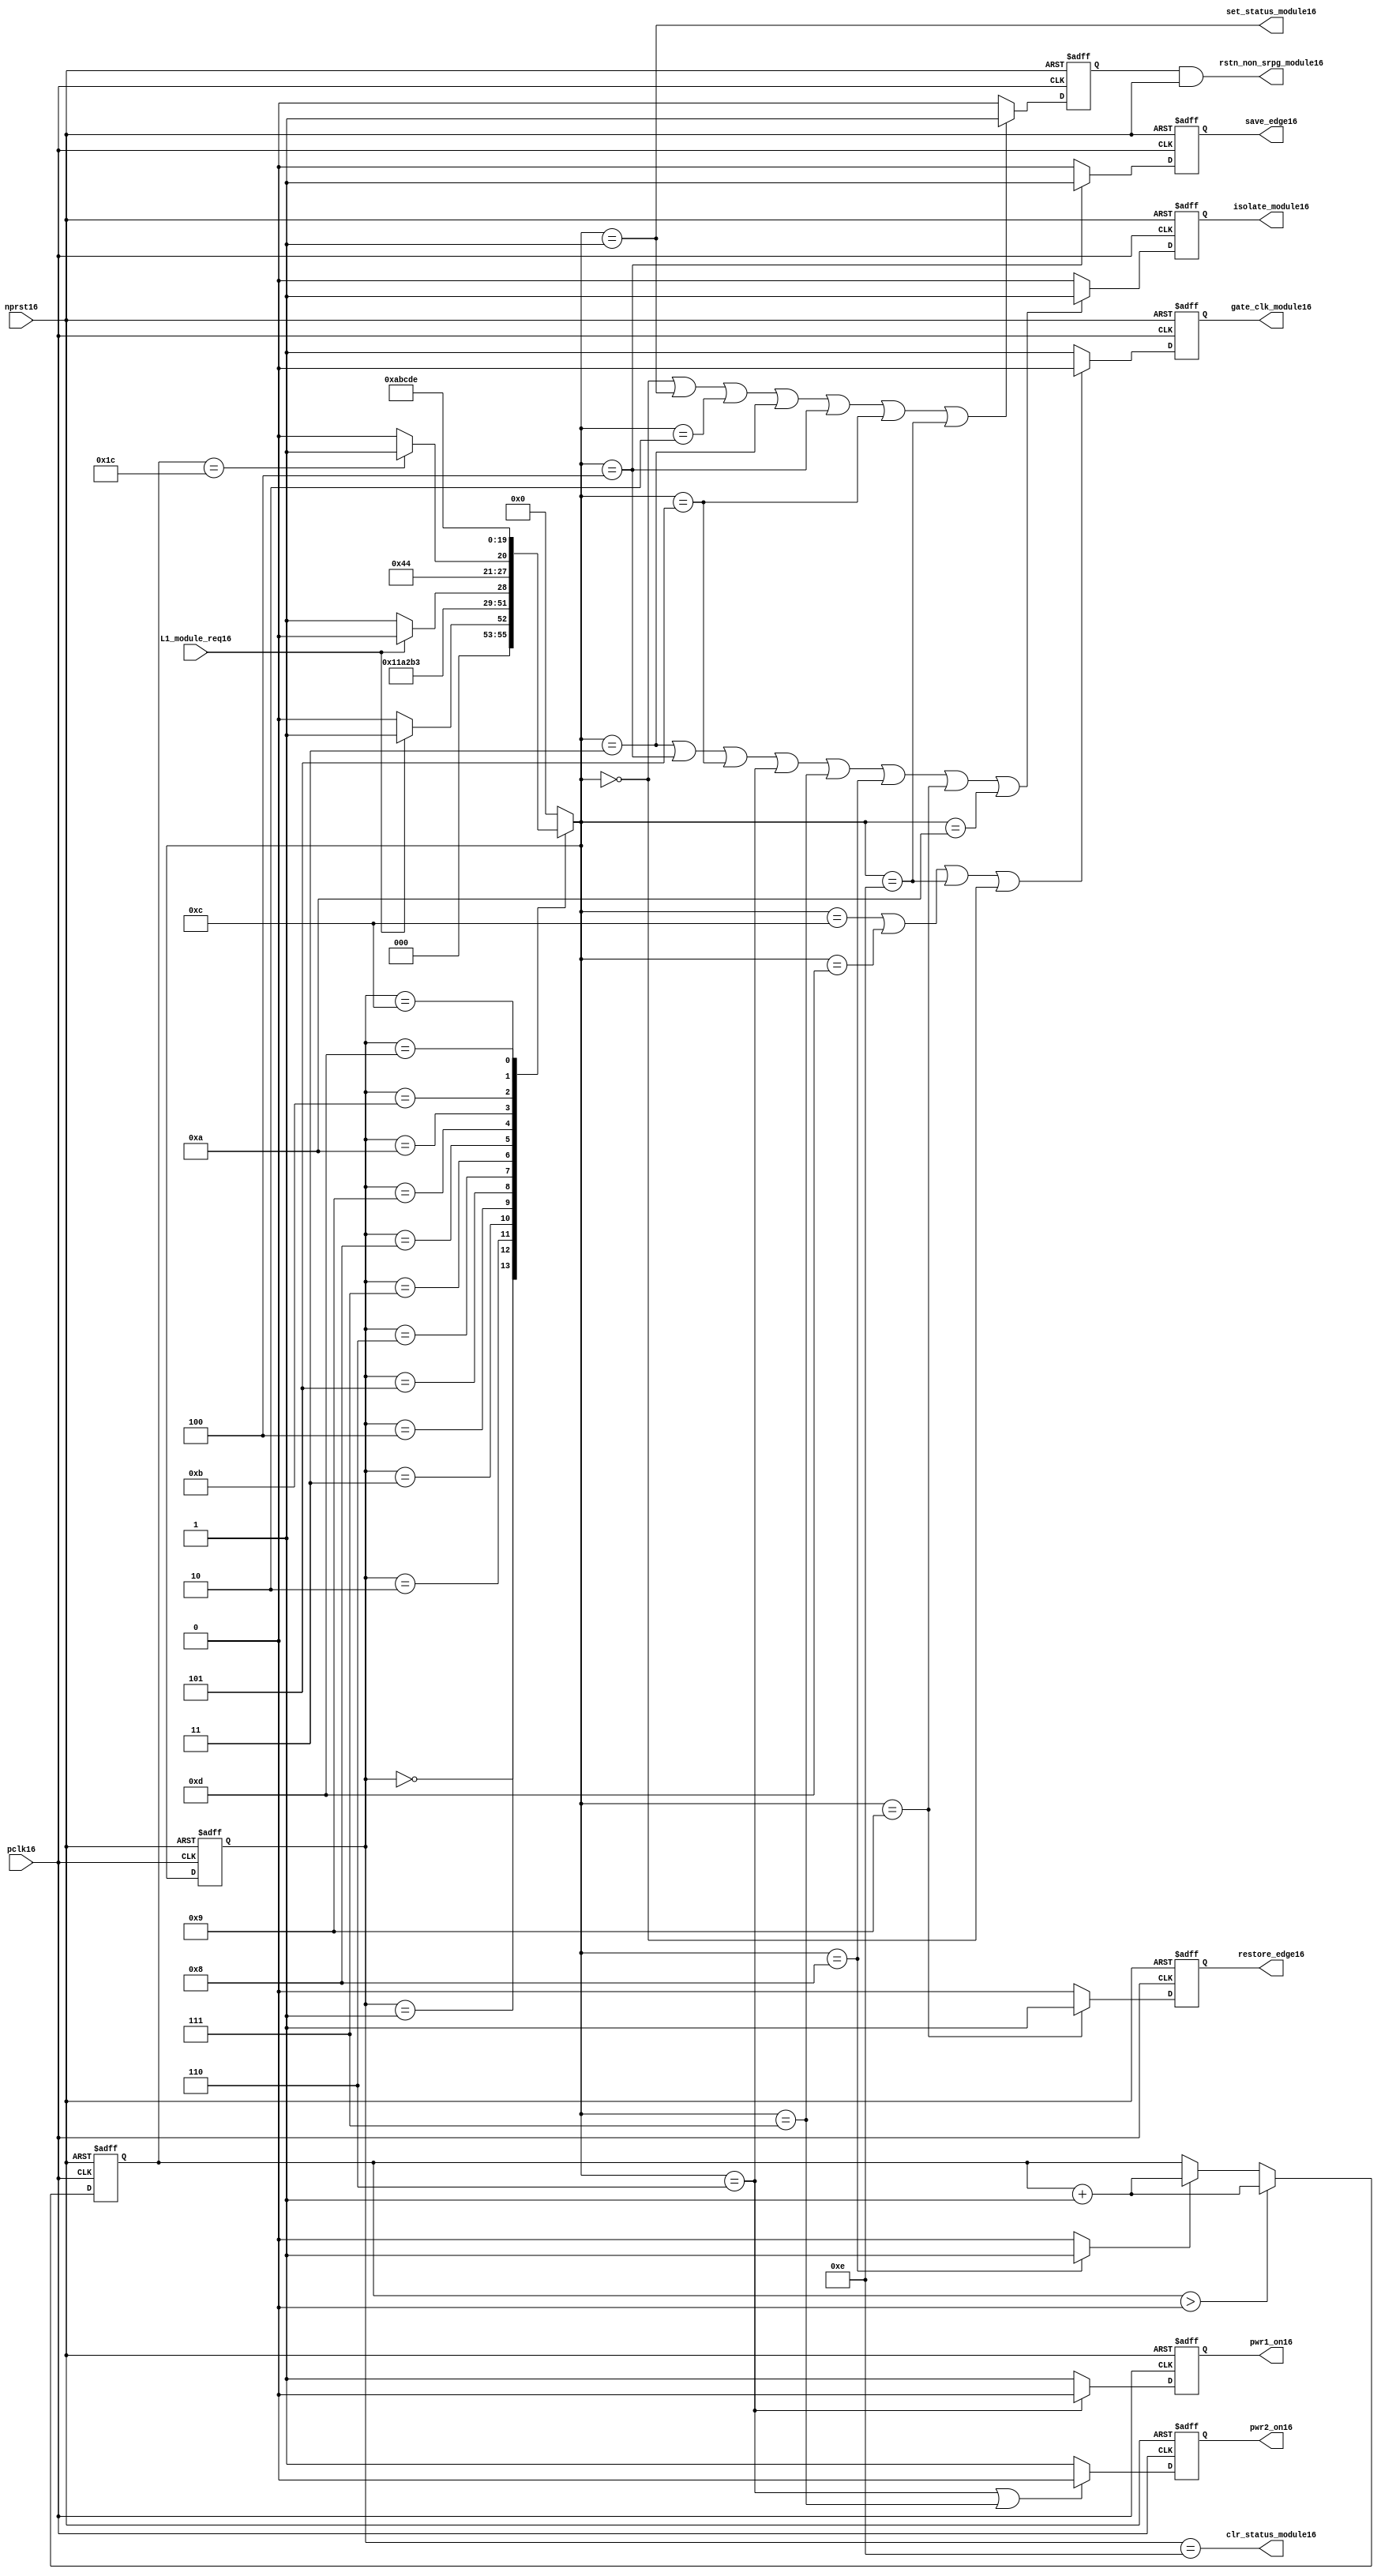
//File16 name   : power_ctrl_sm16.v
//Title16       : Power16 Controller16 state machine16
//Created16     : 1999
//Description16 : State16 machine16 of power16 controller16
//Notes16       : 
//----------------------------------------------------------------------
//   Copyright16 1999-2010 Cadence16 Design16 Systems16, Inc16.
//   All Rights16 Reserved16 Worldwide16
//
//   Licensed16 under the Apache16 License16, Version16 2.0 (the
//   "License16"); you may not use this file except16 in
//   compliance16 with the License16.  You may obtain16 a copy of
//   the License16 at
//
//       http16://www16.apache16.org16/licenses16/LICENSE16-2.0
//
//   Unless16 required16 by applicable16 law16 or agreed16 to in
//   writing, software16 distributed16 under the License16 is
//   distributed16 on an "AS16 IS16" BASIS16, WITHOUT16 WARRANTIES16 OR16
//   CONDITIONS16 OF16 ANY16 KIND16, either16 express16 or implied16.  See
//   the License16 for the specific16 language16 governing16
//   permissions16 and limitations16 under the License16.
//----------------------------------------------------------------------
module power_ctrl_sm16 (

    // Clocks16 & Reset16
    pclk16,
    nprst16,

    // Register Control16 inputs16
    L1_module_req16,
    set_status_module16,
    clr_status_module16,

    // Module16 control16 outputs16
    rstn_non_srpg_module16,
    gate_clk_module16,
    isolate_module16,
    save_edge16,
    restore_edge16,
    pwr1_on16,
    pwr2_on16

);

input    pclk16;
input    nprst16;

input    L1_module_req16;
output   set_status_module16;
output   clr_status_module16;
    
output   rstn_non_srpg_module16;
output   gate_clk_module16;
output   isolate_module16;
output   pwr1_on16;
output   pwr2_on16;
output save_edge16;
output restore_edge16;

wire    set_status_module16;
wire    clr_status_module16;

wire    rstn_non_srpg_module16;
reg     gate_clk_module16;
reg     isolate_module16;
reg     pwr1_on16;
reg     pwr2_on16;

reg save_edge16;

reg restore_edge16;
   
// FSM16 state
reg  [3:0] currentState16, nextState16;
reg     rstn_non_srpg16;
reg [4:0] trans_cnt16;

parameter Init16 = 0; 
parameter Clk_off16 = 1; 
parameter Wait116 = 2; 
parameter Isolate16 = 3; 
parameter Save_edge16 = 4; 
parameter Pre_pwr_off16 = 5; 
parameter Pwr_off16 = 6; 
parameter Pwr_on116 = 7; 
parameter Pwr_on216 = 8; 
parameter Restore_edge16 = 9; 
parameter Wait216 = 10; 
parameter De_isolate16 = 11; 
parameter Clk_on16 = 12; 
parameter Wait316 = 13; 
parameter Rst_clr16 = 14;


// Power16 Shut16 Off16 State16 Machine16

// FSM16 combinational16 process
always @  (*)
  begin
    case (currentState16)

      // Commence16 PSO16 once16 the L116 req bit is set.
      Init16:
        if (L1_module_req16 == 1'b1)
          nextState16 = Clk_off16;         // Gate16 the module's clocks16 off16
        else
          nextState16 = Init16;            // Keep16 waiting16 in Init16 state
        
      Clk_off16 :
        nextState16 = Wait116;             // Wait16 for one cycle
 
      Wait116  :                         // Wait16 for clk16 gating16 to take16 effect
        nextState16 = Isolate16;           // Start16 the isolation16 process
          
      Isolate16 :
        nextState16 = Save_edge16;
        
      Save_edge16 :
        nextState16 = Pre_pwr_off16;

      Pre_pwr_off16 :
        nextState16 = Pwr_off16;
      // Exit16 PSO16 once16 the L116 req bit is clear.

      Pwr_off16 :
        if (L1_module_req16 == 1'b0)
          nextState16 = Pwr_on116;         // Resume16 power16 if the L1_module_req16 bit is cleared16
        else
          nextState16 = Pwr_off16;         // Wait16 until the L1_module_req16 bit is cleared16
        
      Pwr_on116 :
        nextState16 = Pwr_on216;
          
      Pwr_on216 :
        if(trans_cnt16 == 5'd28)
          nextState16 = Restore_edge16;
        else 
          nextState16 = Pwr_on216;
          
      Restore_edge16 :
        nextState16 = Wait216;

      Wait216 :
        nextState16 = De_isolate16;
          
      De_isolate16 :
        nextState16 = Clk_on16;
          
      Clk_on16 :
        nextState16 = Wait316;
          
      Wait316  :                         // Wait16 for clock16 to resume
        nextState16 = Rst_clr16 ;     
 
      Rst_clr16 :
        nextState16 = Init16;
        
      default  :                       // Catch16 all
        nextState16 = Init16; 
        
    endcase
  end


  // Signals16 Sequential16 process - gate_clk_module16
always @ (posedge pclk16 or negedge nprst16)
  begin
    if (~nprst16)
      gate_clk_module16 <= 1'b0;
    else 
      if (nextState16 == Clk_on16 | nextState16 == Wait316 | nextState16 == Rst_clr16 | 
          nextState16 == Init16)
          gate_clk_module16 <= 1'b0;
      else
          gate_clk_module16 <= 1'b1;
  end

// Signals16 Sequential16 process - rstn_non_srpg16
always @ (posedge pclk16 or negedge nprst16)
  begin
    if (~nprst16)
      rstn_non_srpg16 <= 1'b0;
    else
      if ( nextState16 == Init16 | nextState16 == Clk_off16 | nextState16 == Wait116 | 
           nextState16 == Isolate16 | nextState16 == Save_edge16 | nextState16 == Pre_pwr_off16 | nextState16 == Rst_clr16)
        rstn_non_srpg16 <= 1'b1;
      else
        rstn_non_srpg16 <= 1'b0;
   end


// Signals16 Sequential16 process - pwr1_on16 & pwr2_on16
always @ (posedge pclk16 or negedge nprst16)
  begin
    if (~nprst16)
      pwr1_on16 <=  1'b1;  // power16 gates16 1 & 2 are on
    else
      if (nextState16 == Pwr_off16 )
        pwr1_on16 <= 1'b0;  // shut16 off16 both power16 gates16 1 & 2
      else
        pwr1_on16 <= 1'b1;
  end


// Signals16 Sequential16 process - pwr1_on16 & pwr2_on16
always @ (posedge pclk16 or negedge nprst16)
  begin
    if (~nprst16)
       pwr2_on16 <= 1'b1;      // power16 gates16 1 & 2 are on
    else
      if (nextState16 == Pwr_off16 | nextState16 == Pwr_on116)
        pwr2_on16 <= 1'b0;     // shut16 off16 both power16 gates16 1 & 2
      else
        pwr2_on16 <= 1'b1;
   end


// Signals16 Sequential16 process - isolate_module16 
always @ (posedge pclk16 or negedge nprst16)
  begin
    if (~nprst16)
        isolate_module16 <= 1'b0;
    else
      if (nextState16 == Isolate16 | nextState16 == Save_edge16 | nextState16 == Pre_pwr_off16 |  nextState16 == Pwr_off16 | nextState16 == Pwr_on116 |
          nextState16 == Pwr_on216 | nextState16 == Restore_edge16 | nextState16 == Wait216)
         isolate_module16 <= 1'b1;       // Activate16 the isolate16 and retain16 signals16
      else
         isolate_module16 <= 1'b0;        
   end    

// enabling save edge
always @ (posedge pclk16 or negedge nprst16)
  begin
    if (~nprst16)
        save_edge16 <= 1'b0;
    else
      if (nextState16 == Save_edge16 )
         save_edge16 <= 1'b1;       // Activate16 the isolate16 and retain16 signals16
      else
         save_edge16 <= 1'b0;        
   end    
// stabilising16 count
wire restore_change16;
assign restore_change16 = (nextState16 == Pwr_on216) ? 1'b1: 1'b0;

always @ (posedge pclk16 or negedge nprst16)
  begin
    if (~nprst16)
      trans_cnt16 <= 0;
    else if (trans_cnt16 > 0)
      trans_cnt16  <= trans_cnt16 + 1;
    else if (restore_change16)
      trans_cnt16  <= trans_cnt16 + 1;
  end

// enabling restore16 edge
always @ (posedge pclk16 or negedge nprst16)
  begin
    if (~nprst16)
        restore_edge16 <= 1'b0;
    else
      if (nextState16 == Restore_edge16)
         restore_edge16 <= 1'b1;       // Activate16 the isolate16 and retain16 signals16
      else
         restore_edge16 <= 1'b0;        
   end    


// FSM16 Sequential16 process
always @ (posedge pclk16 or negedge nprst16)
  begin
    if (~nprst16)
      currentState16 <= Init16;
    else
      currentState16 <= nextState16;
  end


// Reset16 for non-SRPG16 FFs16 is a combination16 of the nprst16 and the reset during PSO16
assign  rstn_non_srpg_module16 = rstn_non_srpg16 & nprst16;

assign  set_status_module16 = (nextState16 == Clk_off16);    // Set the L116 status bit  
assign  clr_status_module16 = (currentState16 == Rst_clr16); // Clear the L116 status bit  
  

`ifdef LP_ABV_ON16

// psl16 default clock16 = (posedge pclk16);

// Never16 have the set and clear status signals16 both set
// psl16 output_no_set_and_clear16 : assert never {set_status_module16 & clr_status_module16};



// Isolate16 signal16 should become16 active on the 
// Next16 clock16 after Gate16 signal16 is activated16
// psl16 output_pd_seq16:
//    assert always
//	  {rose16(gate_clk_module16)} |=> {[*1]; {rose16(isolate_module16)} }
//    abort16(~nprst16);
//
//
//
// Reset16 signal16 for Non16-SRPG16 FFs16 and POWER16 signal16 for
// SMC16 should become16 LOW16 on clock16 cycle after Isolate16 
// signal16 is activated16
// psl16 output_pd_seq_stg_216:
//    assert always
//    {rose16(isolate_module16)} |=>
//    {[*2]; {{fell16(rstn_non_srpg_module16)} && {fell16(pwr1_on16)}} }
//    abort16(~nprst16);
//
//
// Whenever16 pwr1_on16 goes16 to LOW16 pwr2_on16 should also go16 to LOW16
// psl16 output_pwr2_low16:
//    assert always
//    { fell16(pwr1_on16) } |->  { fell16(pwr2_on16) }
//    abort16(~nprst16);
//
//
// Whenever16 pwr1_on16 becomes HIGH16 , On16 Next16 clock16 cycle pwr2_on16
// should also become16 HIGH16
// psl16 output_pwr2_high16:
//    assert always
//    { rose16(pwr1_on16) } |=>  { (pwr2_on16) }
//    abort16(~nprst16);
//
`endif


endmodule